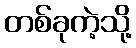
တစ်ခုကဲ့သို့